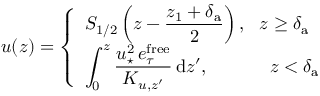
u ( z ) = \left\{ \begin{array} { l l } { \displaystyle { { \cal S } _ { 1 / 2 } } \left( z - \frac { z _ { 1 } + \delta _ { \mathrm { a } } } { 2 } \right) , ~ ~ z \geq \delta _ { \mathrm { a } } } \\ { \displaystyle \int _ { 0 } ^ { z } \frac { u _ { \star } ^ { 2 } \, e _ { \tau } ^ { \mathrm { f r e e } } } { K _ { u , z ^ { \prime } } } \, \mathrm { d } z ^ { \prime } , ~ ~ ~ ~ ~ ~ ~ ~ ~ ~ z < \delta _ { \mathrm { a } } } \end{array} \right.